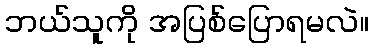
ဘယ်သူကို အပြစ်ပြောရမလဲ။